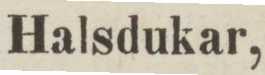
Halsdukar,